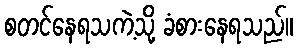
စတင်နေရသကဲ့သို့ ခံစားနေရသည်။